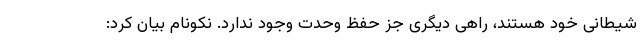
شیطانی خود هستند، راهی دیگری جز حفظ وحدت وجود ندارد. نکونام بیان کرد: